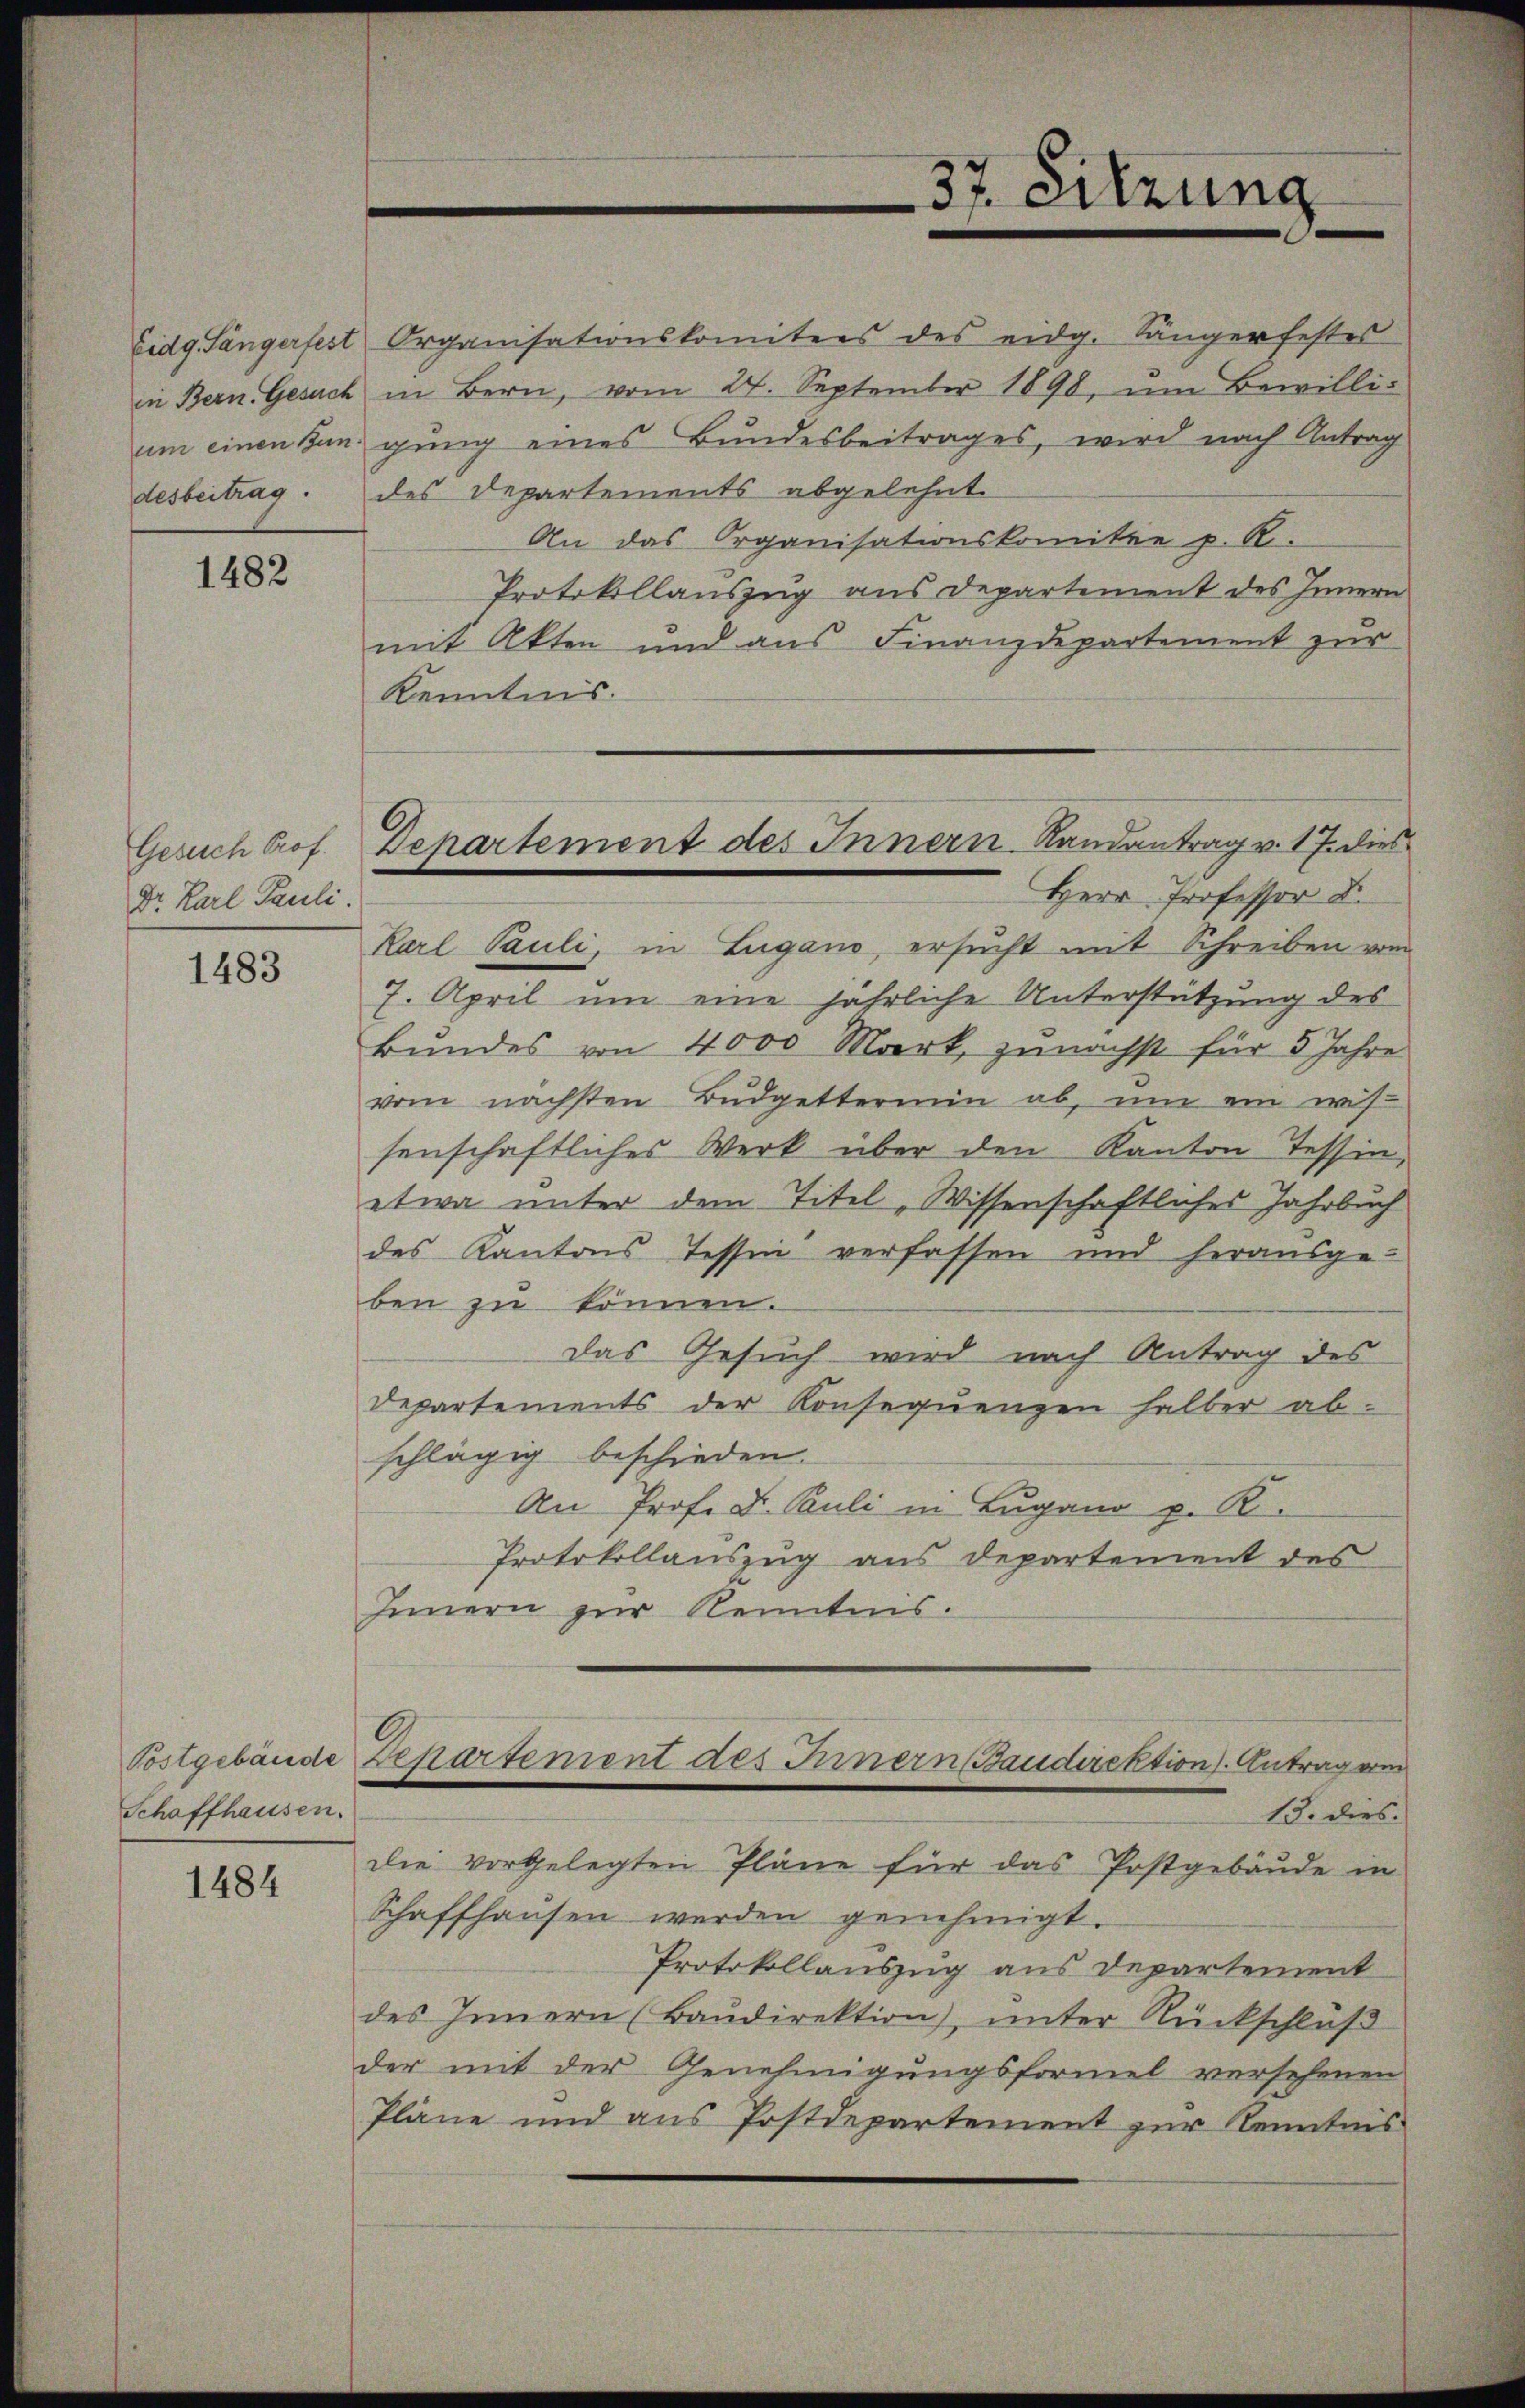
in Bern. Gesuch
um einen Bun
desbeitrag.

1482

Gesuch Prof.
Dr. Karl Pauli.

1483

Schaffhausen.

1484

37. Sitzung

Eidg. Sängerfest Organisationskomitees des eidg. Sängerfestes
des Departements abgelehnt
Protokollauszug aus Departement des Innern
mit Akten und aus Finanzdepartement zur
Kenntnis.
Herr Professor D.
Karl Pauli, in Lugano, ersŭcht mit Schreiben vom
7. April um eine jährliche Unterstützung des
Bŭndes von 4000 Mark, zunächst für 5 Jahre
vom nächsten Budgettermin ab, um ein wis-
senschaftliches Werk über den Kanton Tessin,
etwa unter dem Titel „Wissenschaftliches Jahrbuch
des Kantons Tessin verfassen und herausge-
ben zu können.
das Gesuch wird nach Antrag des
Departements der Konsequenzen halber abschlägig beschieden.
An Prof. D. Puli in Lugano p. R.
Protokollauszug aus Departement des
Innern zur Kenntnis.

Departement des Innern Randantrag v. 17. dies

in Bern, vom 24. September 1898, um Bewilligung eines Bundesbeitrages, wird nach Antrag
An das Organisationskomitée p. R.

die vorgelegten Pläne für das Postgebäude in
Schaffhausen werden genehmigt.
Protokollauszug aus Departement
des Innern (Baŭdirektion), unter Rückschluß
der mit der Genehmigungsformel versehenen
Pläne und ans Postdepartement zur Kenntnis

Postgebäude Departement des Innern Baudirektion). Antrag vom
13. dies